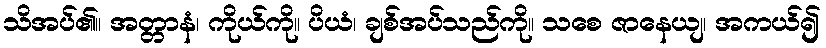
သိအပ်၏။ အတ္တာနံ၊ ကိုယ်ကို။ ပိယံ၊ ချစ်အပ်သည်ကို။ သစေ ဇာနေယျ၊ အကယ်၍